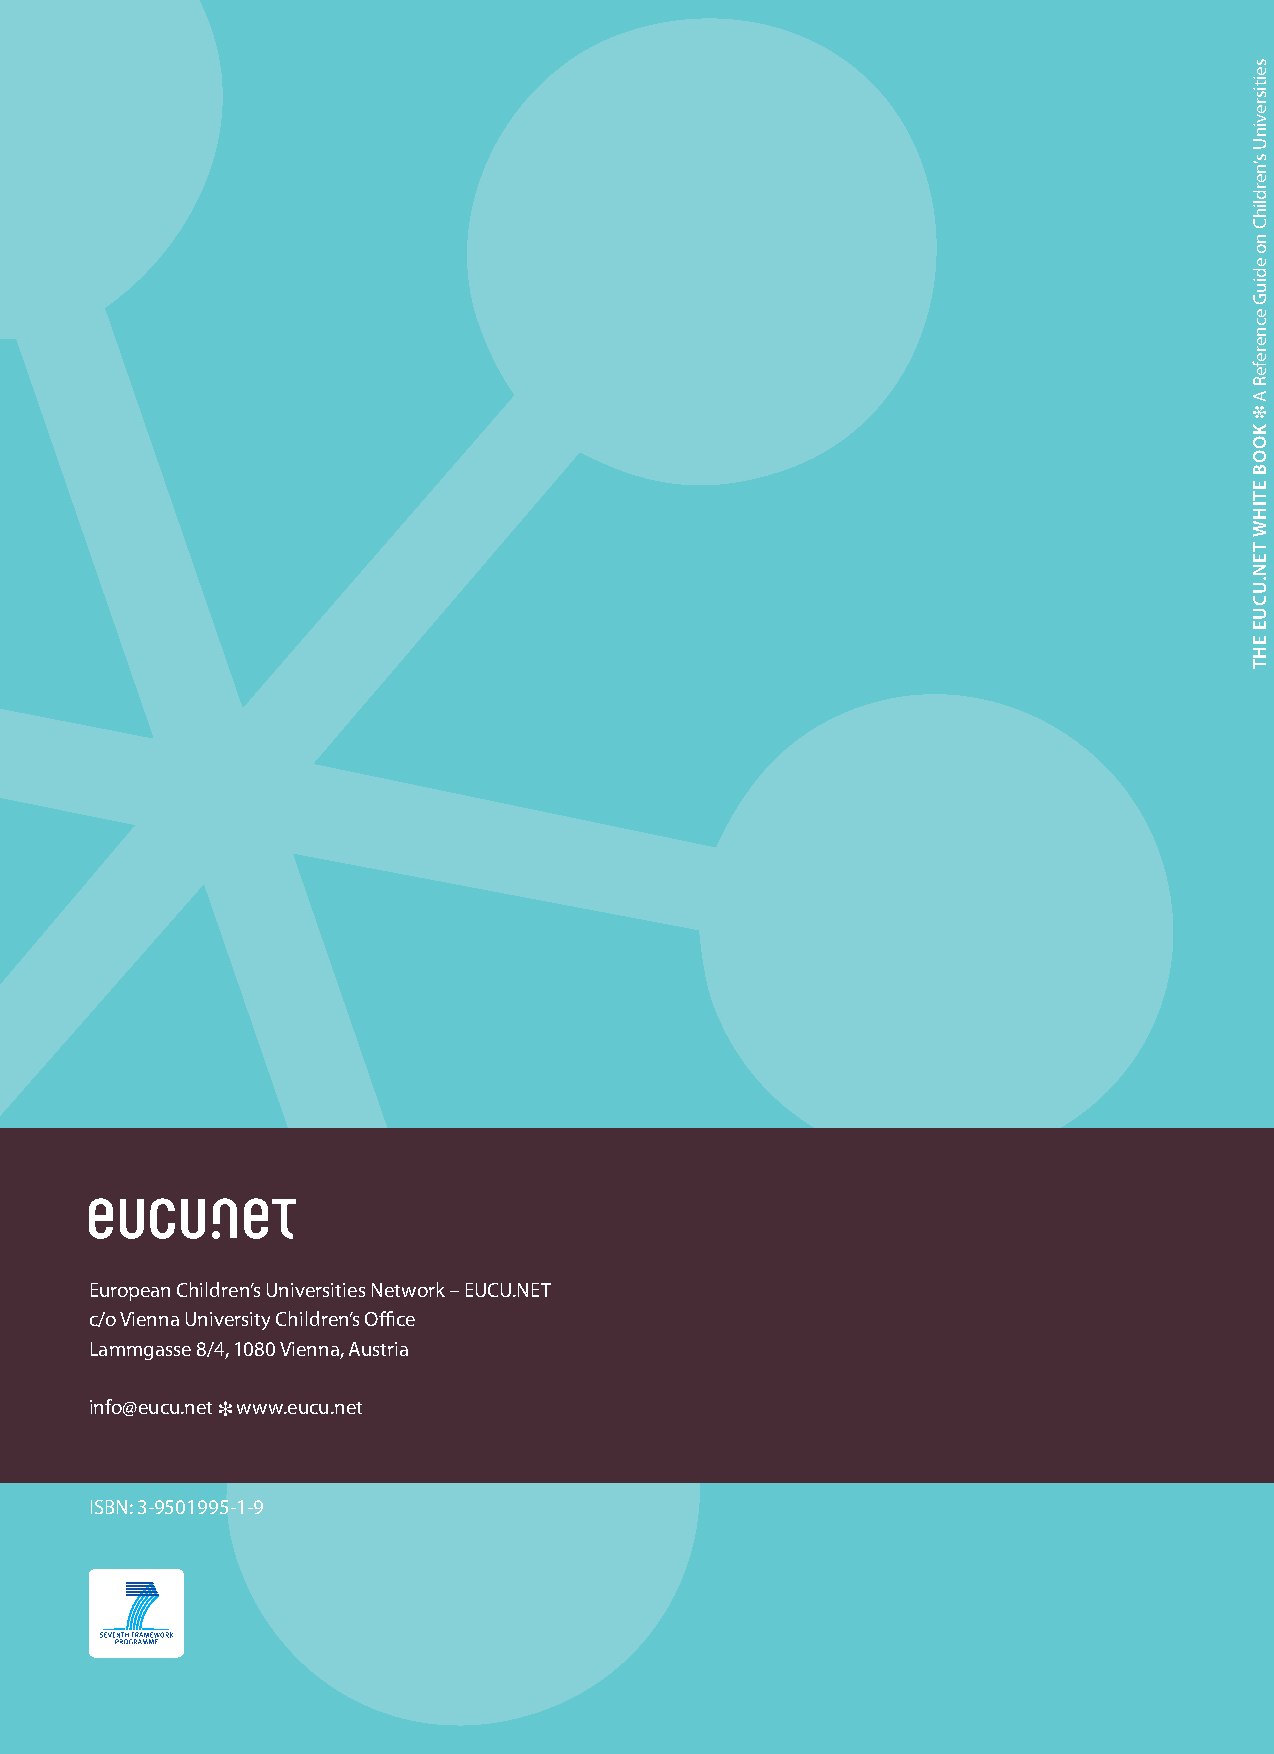
The
 European Children’s Universities Network – EUCU.NET
 c/o Vienna University Children’s Office                                               White               Book
 Lammgasse 8/4, 1080 Vienna, Austria
 info@eucu.net ❉ www.eucu.net
 ISBN: 3-9501995-1-9
 seitisrevinU
 s’nerdlihC
 no
 ediuG
 ecnerefeR
 A
 ❉
 kooB
 eTihW
 TeN.UCUe
 ehT